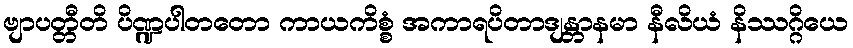
ဗျာပတ္တီတိ ပိဏ္ဍပါတတော ကာယကိစ္စံ အကာရပိတာဒျန္တာနမာ နီလိယံ နိဿဂ္ဂိယေ